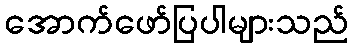
အောက်ဖော်ပြပါများသည်